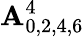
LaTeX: \mathbf{A}_{0,2,4,6}^{4}